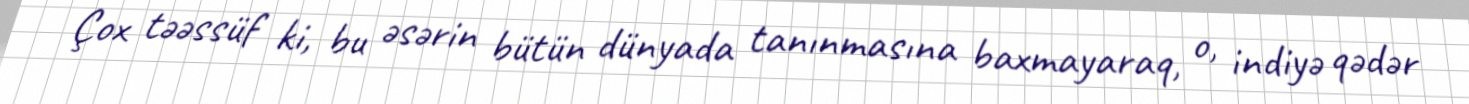
Çox təəssüf ki, bu əsərin bütün dünyada tanınmasına baxmayaraq, o, indiyə qədər